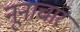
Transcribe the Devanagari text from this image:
नूनाचार